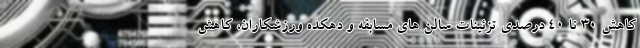
کاهش ۳۰ تا ۴۰ درصدی تزئینات سالن های مسابقه و دهکده ورزشکاران، کاهش